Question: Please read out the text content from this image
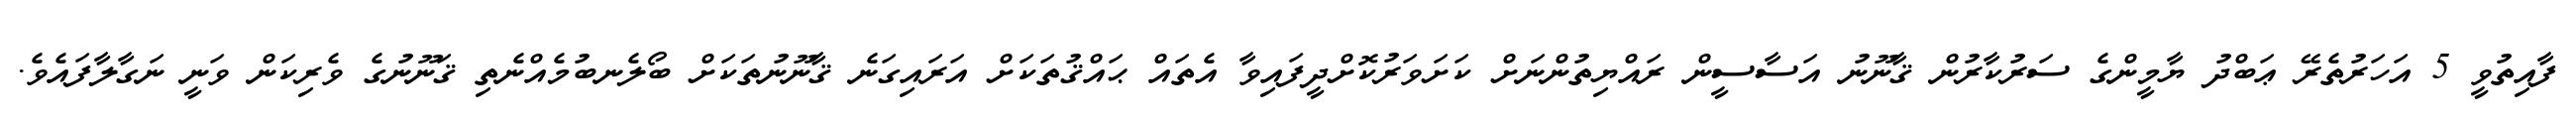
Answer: ފާއިތުވީ 5 އަހަރުތެރޭ ޢަބްދު ޔާމީންގެ ސަރުކާރުން ޤާނޫނު އަސާސީން ރައްޔިތުންނަށް ކަށަވަރުކޮށްދީފައިވާ އެތައް ޙައްޤުތަކަށް އަރައިގަނެ ޤާނޫނުތަކަށް ބޯލެނބުމެއްނެތި ޤަނޫނުގެ ވެރިކަން ވަނީ ނަގާލާފައެވެ.